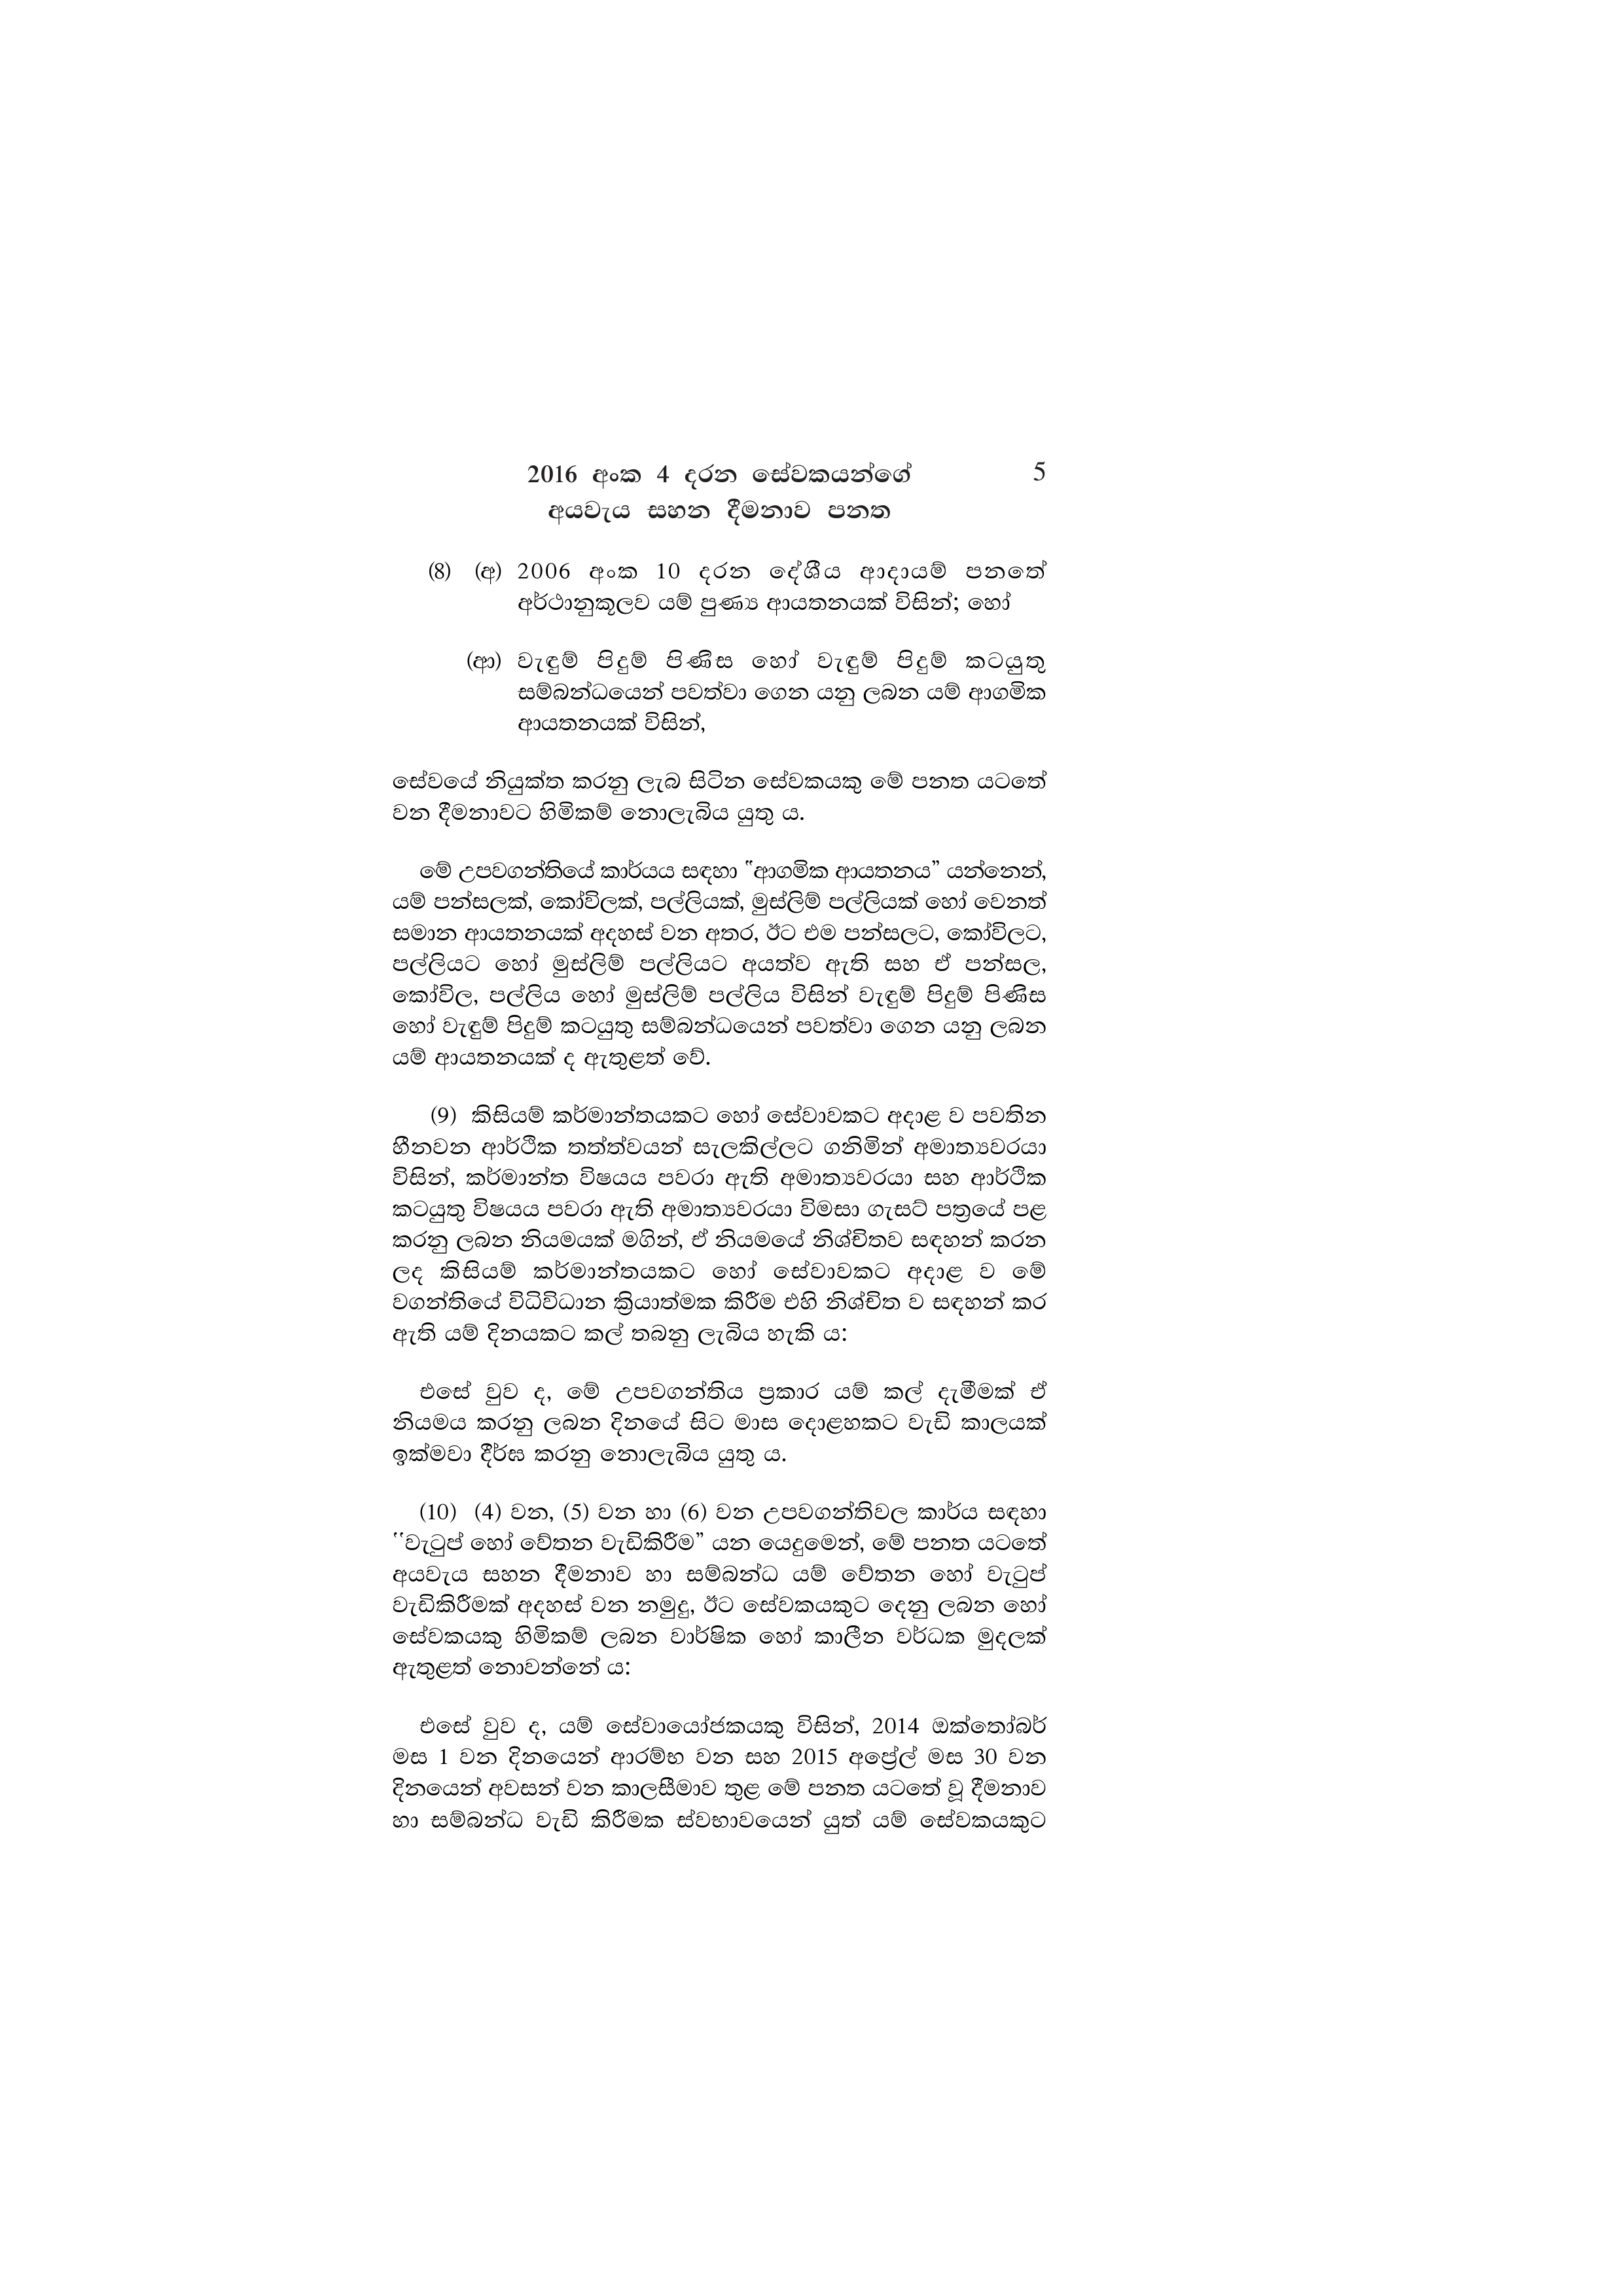
2016 අංක 4 දරන සේවකයන්ගේ 5
අයවැය සහන දීමනාව පනත

(8) (අ) 2006 අංක 10 දරන දේශීය ආදායම් පනතේ
අර්ථානුකූලව යම් පුණ්‍ය ආයතනයක් විසින්; හෝ

(ආ) වැඳුම් පිදුම් පිණීස හෝ වැඳුම් පිදුම් කටයුතු
සම්බන්ධයෙන් පවත්වා ගෙන යනු ලබන යම් ආගමික
ආයතනයක් විසින්,

සේවයේ නියුක්ත කරනු ලැබ සිටින සේවකයකු මේ පනත යටතේ
වන දීමනාවට හිමිකම් නොලැබිය යුතු ය.

මේ උපවගන්තියේ කාර්යය සඳහා "ආගමික ආයතනය” යන්නෙන්,
යම් පන්සලක්, කෝවිලක්, පල්ලියක්, මුස්ලිම් පල්ලියක් හෝ වෙනත්
සමාන ආයතනයක් අදහස් වන අතර, ඊට එම පන්සලට, කෝවිලට,
පල්ලියට හෝ මුස්ලිම් පල්ලියට අයත්ව ඇති සහ ඒ පන්සල,
කෝවිල, පල්ලිය හෝ මුස්ලිම් පල්ලිය විසින් වැඳුම් පිදුම් පිණිස
හෝ වැඳුම් පිදුම් කටයුතු සම්බන්ධයෙන් පවත්වා ගෙන යනු ලබන
යම් ආයතනයක් ද ඇතුළත් වේ.

(9) කිසියම් කර්මාන්තයකට හෝ සේවාවකට අදාළ ව පවතින
හීනවන ආර්ථික තත්ත්වයන් සැලකිල්ලට ගනිමින් අමාත්‍යවරයා
විසින්, කර්මාන්ත විෂයය පවරා ඇති අමාත්‍යවරයා සහ ආර්ථික
කටයුතු විෂයය පවරා ඇති අමාත්‍යවරයා විමසා ගැසට් පත්‍රයේ පළ
කරනු ලබන නියමයක් මගින්, ඒ නියමයේ නිශ්චිතව සඳහන් කරන
ලද කිසියම් කර්මාන්තයකට හෝ සේවාවකට අදාළ ව මේ
වගන්තියේ විධිවිධාන ක්‍රියාත්මක කිරීම එහි නිශ්චිත ව සඳහන් කර
ඇති යම් දිනයකට කල් තබනු ලැබිය හැකි ය:

එසේ වුව ද, මේ උපවගන්තිය ප්‍රකාර යම් කල් දැමීමක් ඒ
නියමය කරනු ලබන දිනයේ සිට මාස දොළහකට වැඩි කාලයක්
ඉක්මවා දීර්ඝ කරනු නොලැබිය යුතු ය.

(10) (4) වන, (5) වන හා (6) වන උපවගන්තිවල කාර්ය සඳහා
"වැටුප් හෝ වේව්තන වැඩිකිරීම” යන යෙදුමෙන්, මේ පනත යටතේ
අයවැය සහන දීමනාව හා සම්බන්ධ යම් වේතන හෝ වැටුප්
වැඩිකිරීමක් අදහස් වන නමුදු, ඊට සේවකයකුට දෙනු ලබන හෝ
සේවකයකු හිමිකම් ලබන වාර්ෂික හෝ කාලීන වර්ධක මුදලක්
ඇතුළත් නොවන්නේ ය:

එසේ වුව ද, යම් සේවායෝජකයකු විසින්, 2014 ඔක්තෝබර්
මස 1 වන දිනයෙන් ආරම්භ වන සහ 2015 අප්‍රේල් මස 30 වන
දිනයෙන් අවසන් වන කාලසීමාව තුළ මේ පනත යටතේ වූ දීමනාව
හා සම්බන්ධ වැඩි කිරීමක ස්වභාවයෙන් යුත් යම් සේවකයකුට